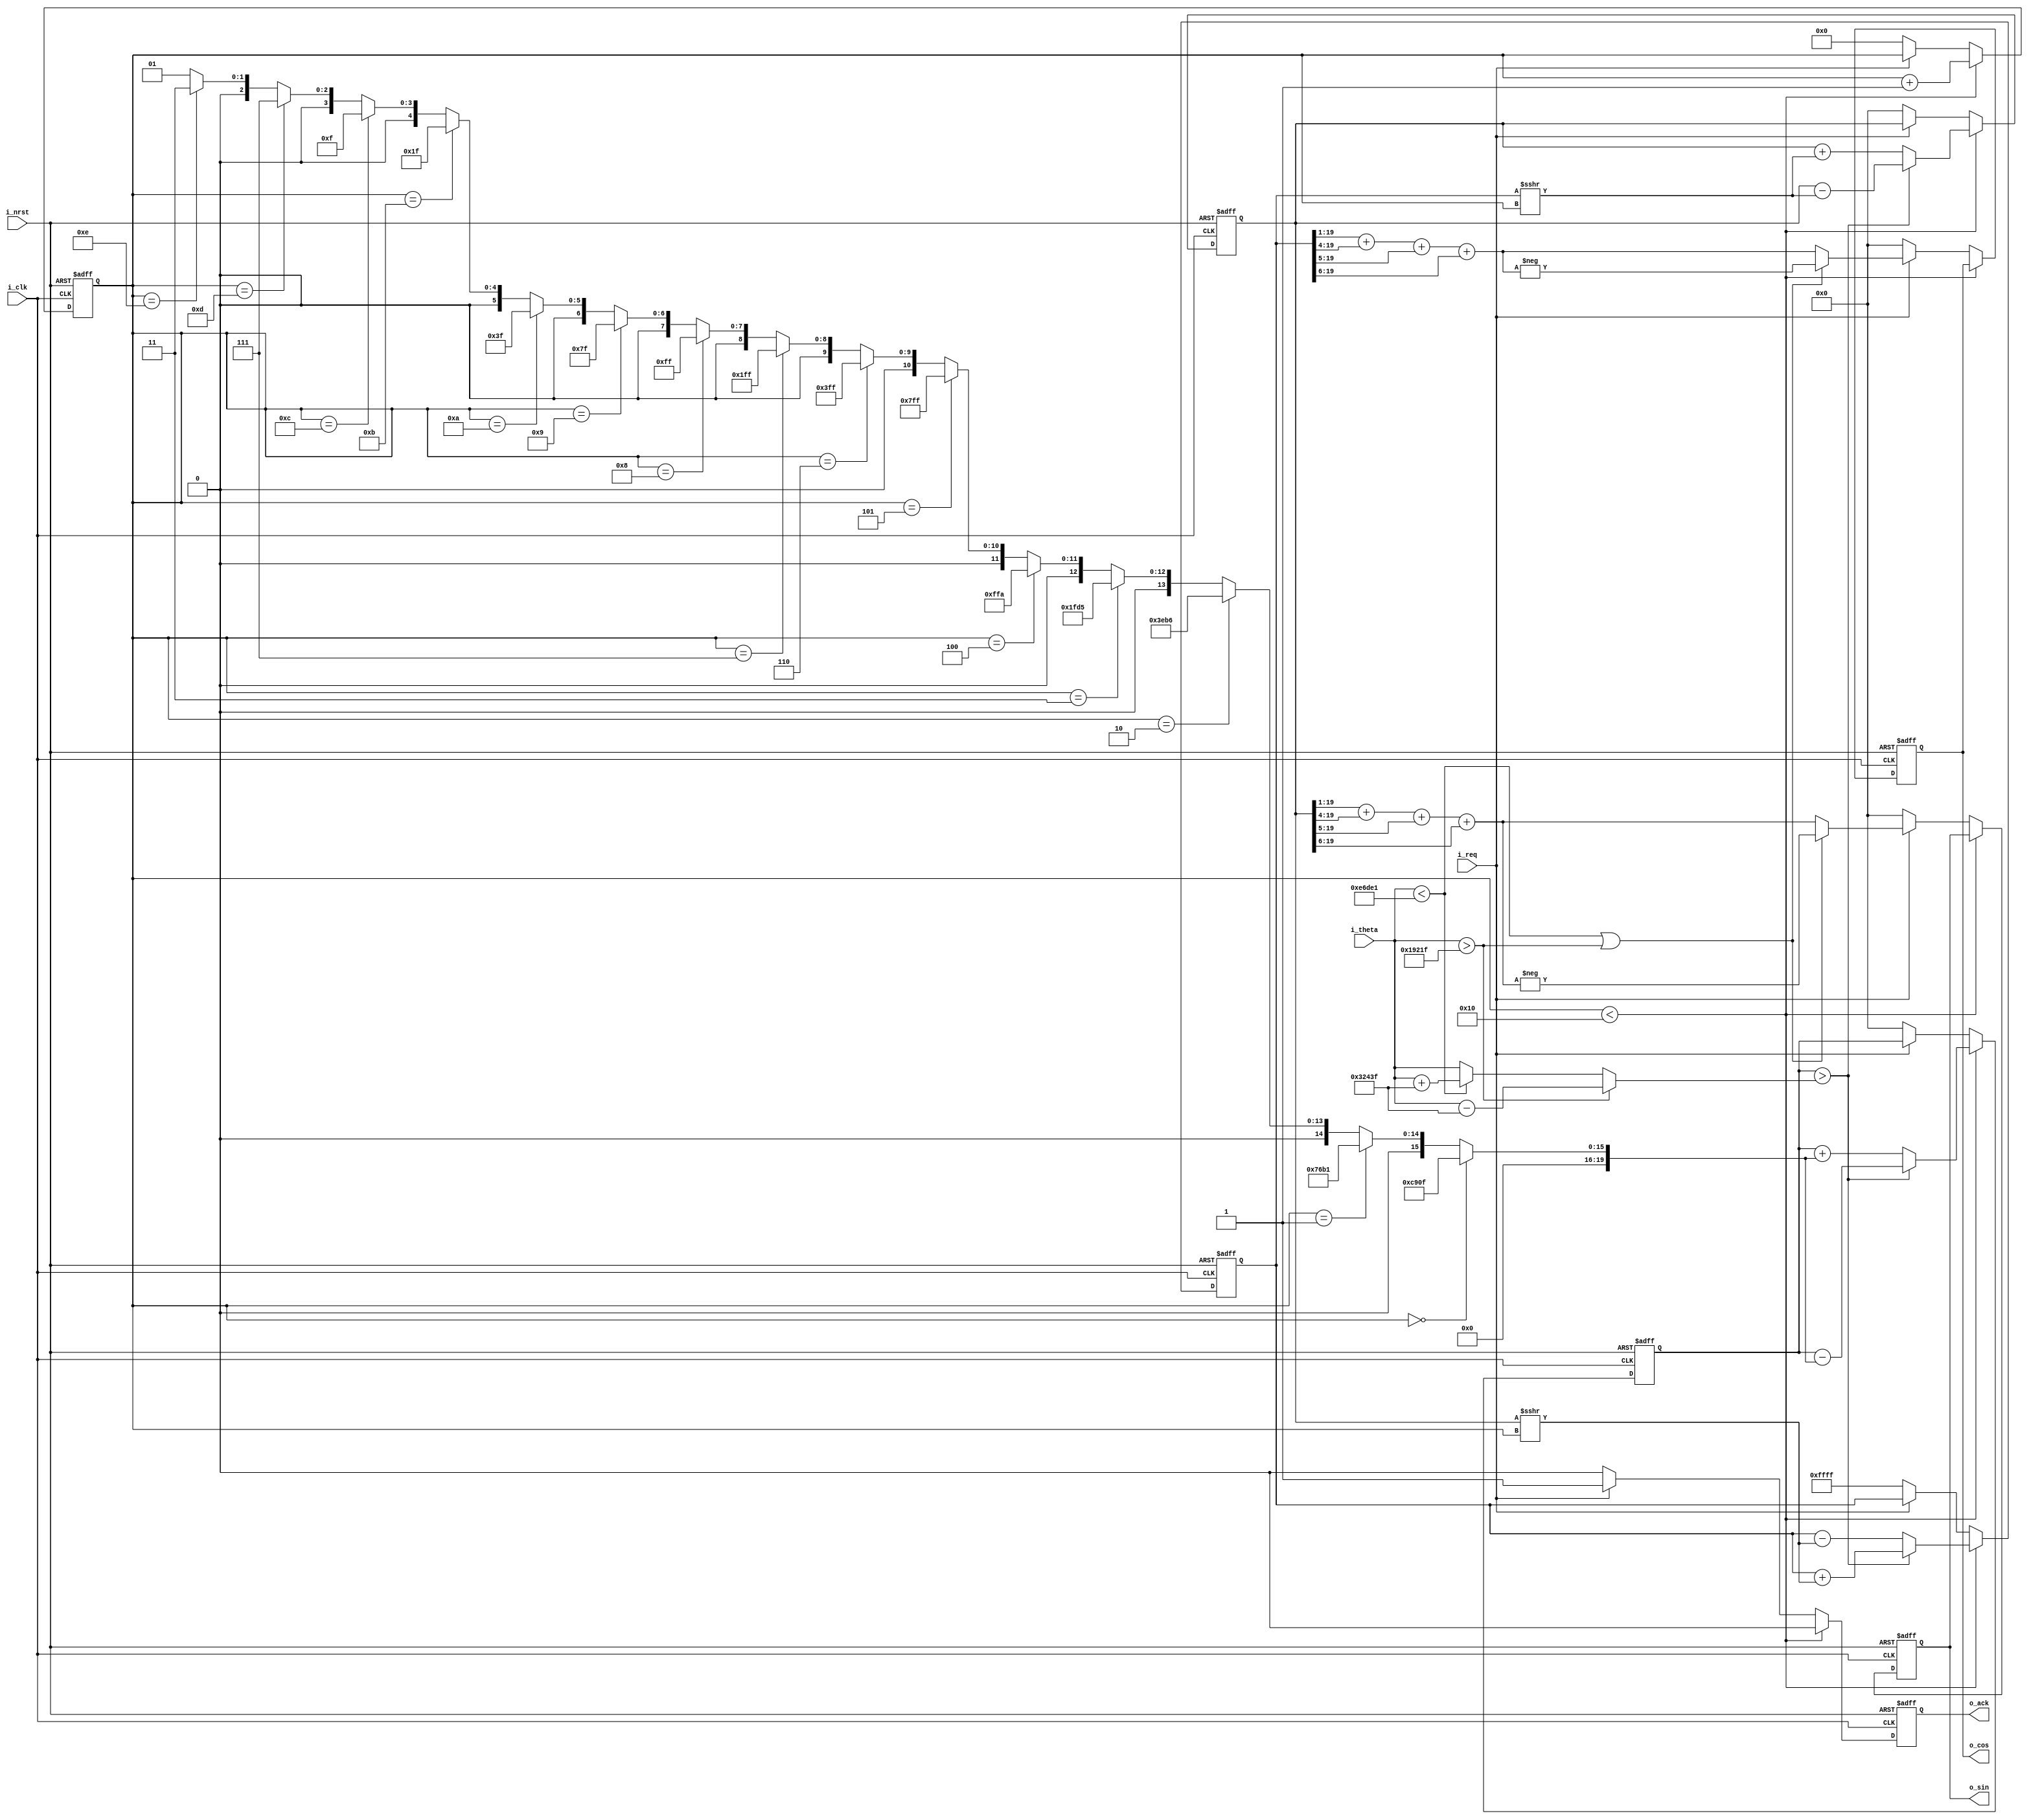
`timescale 1ns/1ps
module cordic(
	input				                  i_clk,
	input				                  i_nrst,
	input	         signed   [19:0]   i_theta,
   input                            i_req,
   output   reg   signed   [19:0]   o_sin,
   output   reg   signed   [19:0]   o_cos,
   output   reg                     o_ack
);
   parameter   signed p_pi        = 20'd205887; 
   parameter   signed p_pi_2      = 20'd102943;

   wire                    sigma; 
   wire                    less,
                           more;
   wire  signed   [19:0]   new_beta,
                           t,
                           x_new,
                           y_new,
                           x_shift,
                           y_shift,
                           sin,
                           cos,
                           a;
   reg            [4:0]    count;
   reg   signed   [19:0]  beta,
                           x,
                           y; 
 
   assign   x_shift  = x >>> count;
   assign   y_shift  = y >>> count;
   assign   t        =  (more) ? i_theta - p_pi :
                        (less) ? i_theta + p_pi :
                                 i_theta;
   
   assign   more     = (i_theta > p_pi_2);
   
   assign   less     = (i_theta < -p_pi_2);

   assign   sigma    = (beta > t)   ?  1'b0 : 
                                       1'b1 ; 
   assign   new_beta = (sigma)      ?  beta + a : 
                                       beta - a ; 
   assign   x_new    = (sigma)      ?  x - y_shift :
                                       x + y_shift ;
	assign   y_new    = (sigma)      ?  y + x_shift :
                                       y - x_shift ;    
   
   // 0.5 + 0.0625 + 0.03125 + 0.015625 = 0.609                               
   assign   sin      = (y >>> 1) + (y >>> 4) + (y >>> 5) + (y >>> 6);
   assign   cos      = (x >>> 1) + (x >>> 4) + (x >>> 5) + (x >>> 6);
  
   // LUT
   assign   a  =  (count == 'h0)	?  20'h0c90f   :	// 0.785398163397	 = arctan(2^-0)	= arctan(1.0)
		            (count == 'h1)	?  20'h076b1   :	// 0.463647609001	 = arctan(2^-1)	= arctan(0.5)
		            (count == 'h2)	?  20'h03eb6   :	// 0.244978663127	 = arctan(2^-2)	= arctan(0.25)
		            (count == 'h3)	?  20'h01fd5   :	// 0.124354994547	 = arctan(2^-3)	= arctan(0.125)
		            (count == 'h4)	?  20'h00ffa   :	// 0.062418809996	 = arctan(2^-4)	= arctan(0.0625)
		            (count == 'h5)	?  20'h007ff   :	// 0.031239833430	 = arctan(2^-5)	= arctan(0.03125)
		            (count == 'h6)	?  20'h003ff   :	// 0.015623728620	 = arctan(2^-6)	= arctan(0.015625)
		            (count == 'h7)	?  20'h001ff   :	// 0.007812341060	 = arctan(2^-7)	= arctan(0.0078125)
		            (count == 'h8)	?  20'h000ff   :	// 0.003906230132	 = arctan(2^-8)	= arctan(0.00390625)
		            (count == 'h9)	?  20'h0007f   :	// 0.001953122516	 = arctan(2^-9)	= arctan(0.001953125)
		            (count == 'ha)	?  20'h0003f   :	// 0.000976562190	 = arctan(2^-10)	= arctan(0.0009765625)
		            (count == 'hb)	?  20'h0001f   :	// 0.000488281211	 = arctan(2^-11)	= arctan(0.00048828125)
		            (count == 'hc)	?  20'h0000f   :	// 0.000244140620	 = arctan(2^-12)	= arctan(0.000244140625)
		            (count == 'hd)	?  20'h00007   :	// 0.000122070312	 = arctan(2^-13)	= arctan(0.0001220703125)
		            (count == 'he)	?  20'h00003   :	// 0.000061035156	 = arctan(2^-14)	= arctan(6.103515625e-05)
		            //count == 'hf
                                    20'h00001   ;	// 0.000030517578	 = arctan(2^-15)	= arctan(3.0517578125e-05)
                           
   always@(posedge i_clk or negedge i_nrst) begin
		if(!i_nrst) begin 
         beta  <= 'd0;
         count <= 'd0;
         x     <= 'h0FFFF;
         y     <= 'd0;
         o_ack <= 1'b0;
         o_sin <= 'd0;
         o_cos <= 'd0;
      end else begin 
         o_ack <= 1'b0;
         if (count < 'h10) begin  
            count <= count + 'b1; 
            beta  <= new_beta; 
            x     <= x_new;
            y     <= y_new;
         end else begin
            o_sin <= (less | more) ? -sin : sin; 
            o_cos <= (less | more) ? -cos : cos;
            o_ack <= 1'b1;
            if(!i_req) begin
               beta  <= 'd0;
               count <= 'd0;
               x     <= 'h0FFFF;
               y     <= 'd0;
               o_ack <= 1'b0;
               o_sin <= 'd0;
               o_cos <= 'd0;
            end
         end
      end
	end
endmodule